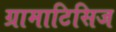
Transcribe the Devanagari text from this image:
ग्रामाटिसिज